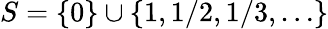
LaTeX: S=\{ 0\} \cup\{ 1,1/2,1/3,\dots\}